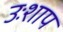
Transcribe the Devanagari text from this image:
उःशाप